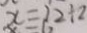
x = 1 2 \div 2